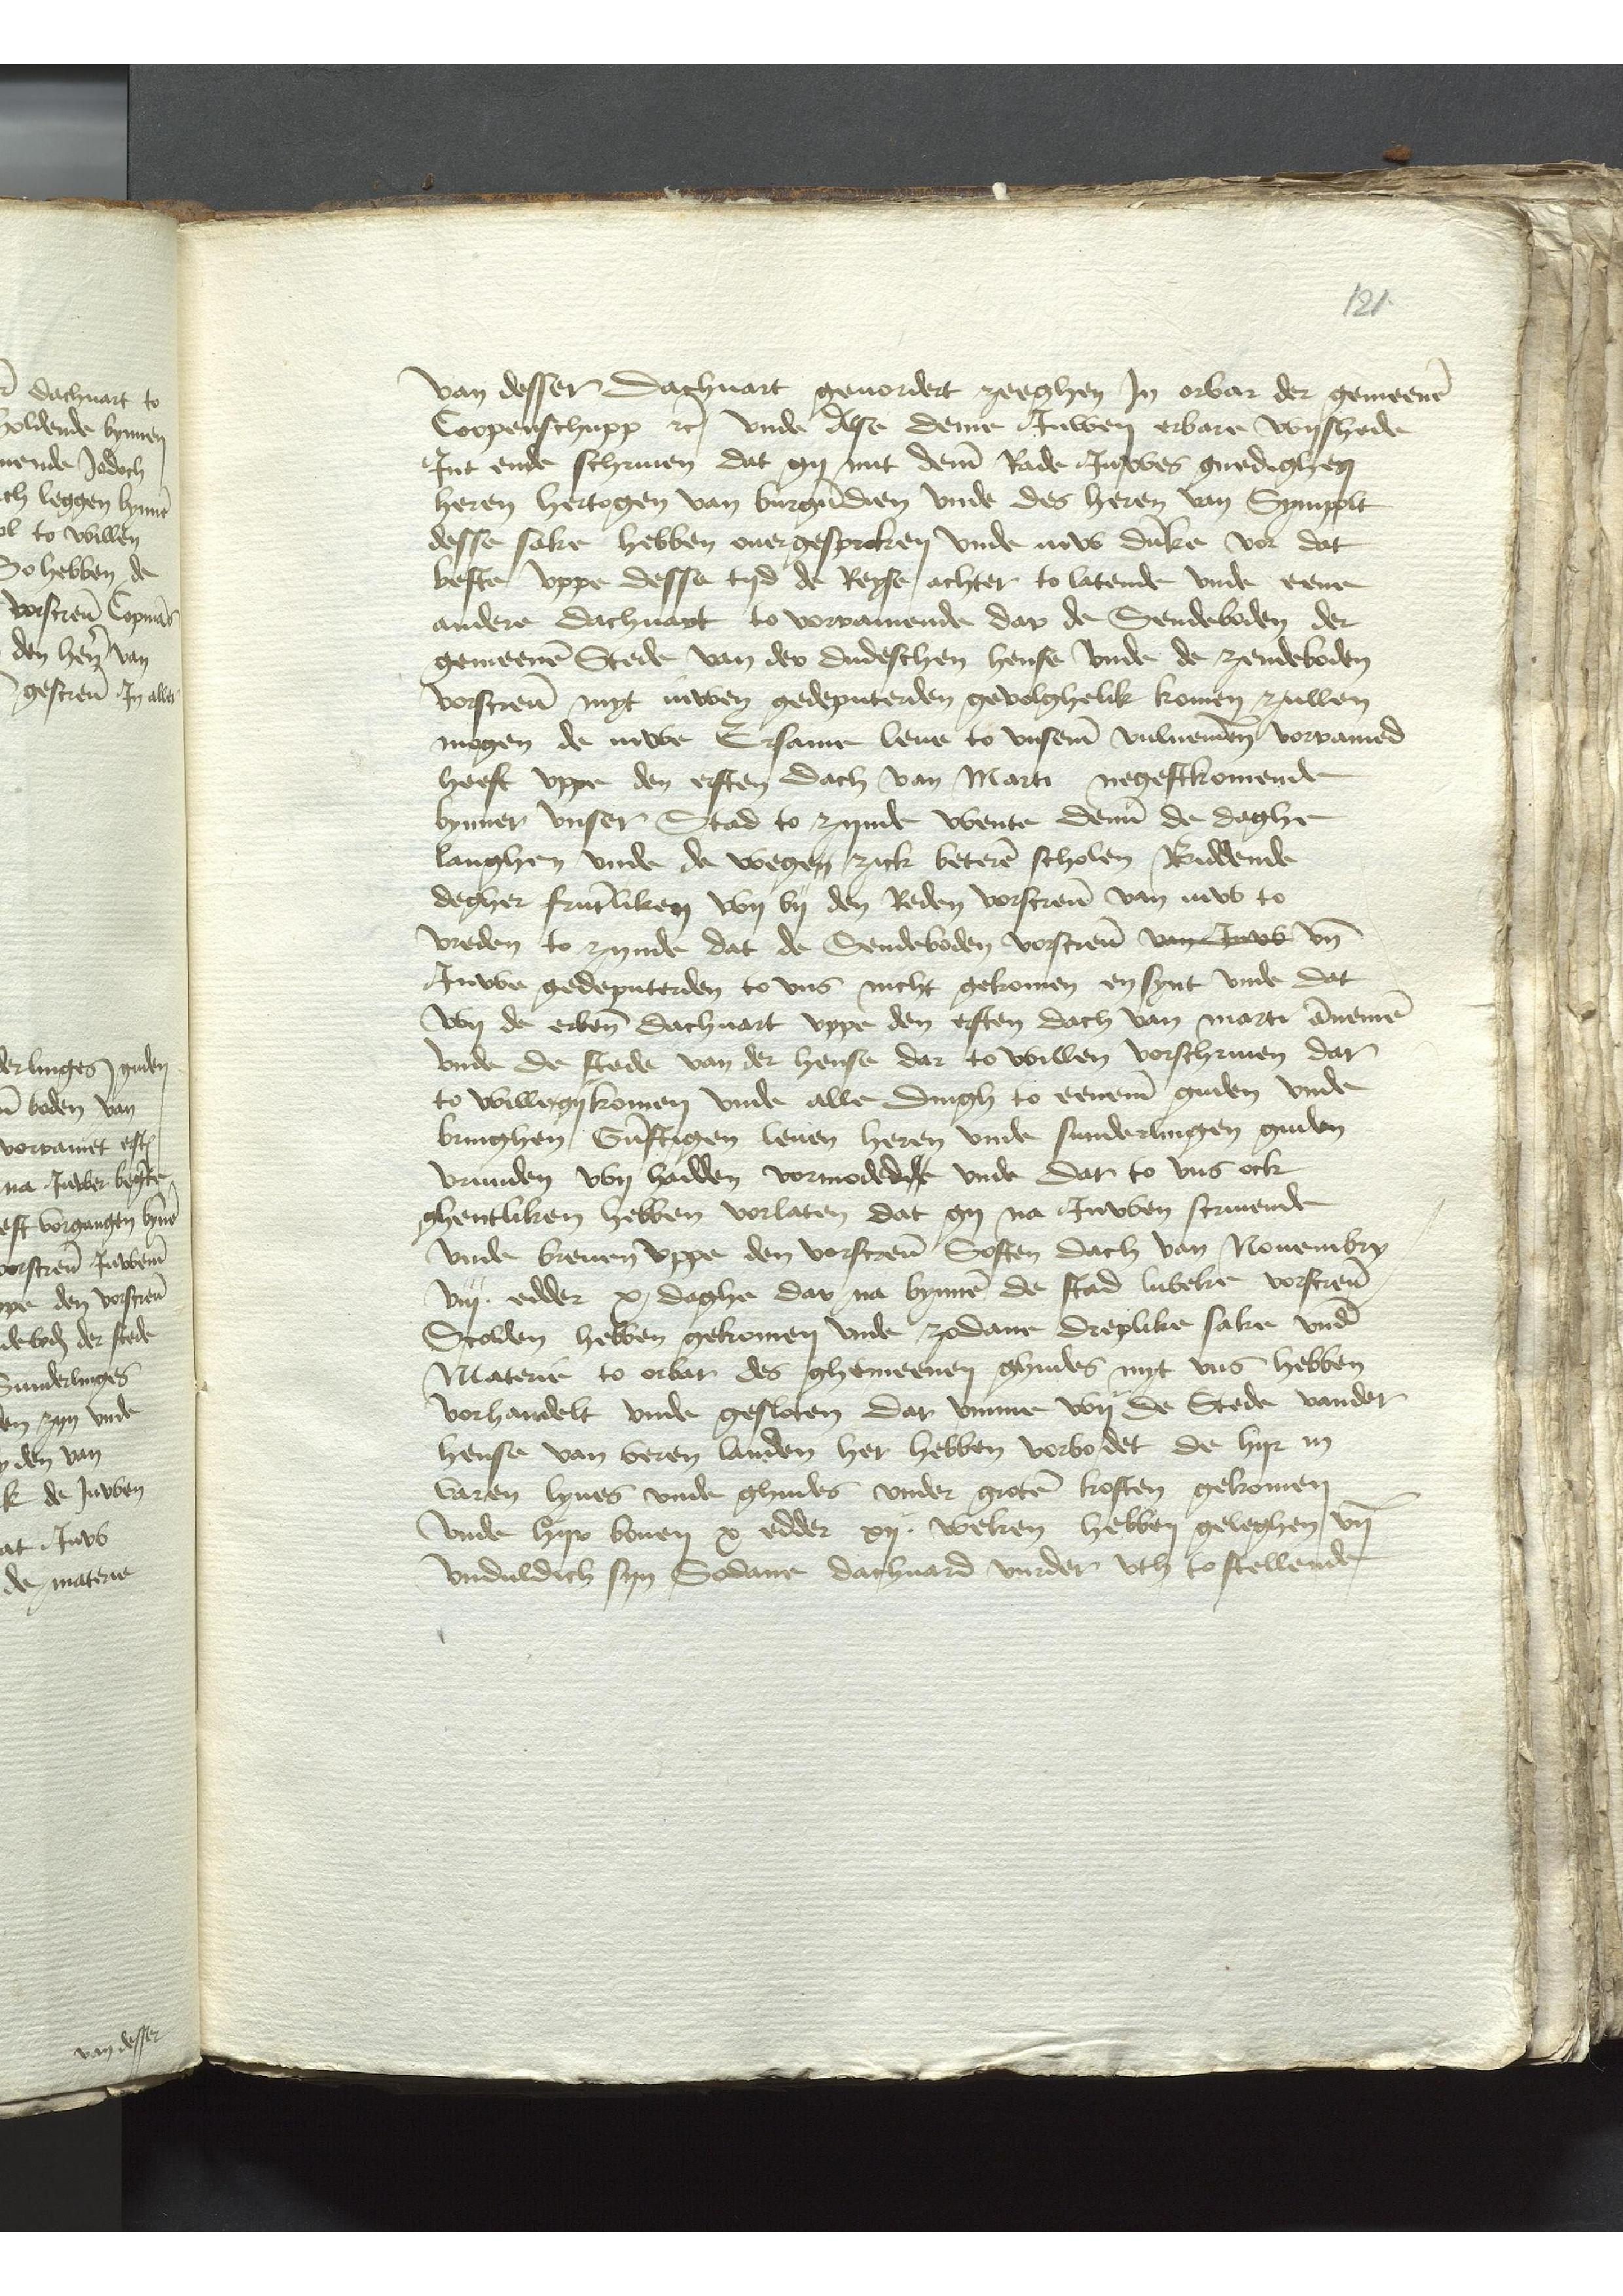
van desser Dachuart geuordert zeeghen Jn orbar der gemeenen
Coopenschupp etcetera vnde Alse deme Juwen erbare vrysheide
Jnt ende schriuen dat gy mit deme Rade Juwes gnedighen
heren hertogen van Burgundien vnde des heren van Sympolt
desse sake hebben ouer gesprcken vnde iuw dunke vor dat
beste vppe desse tyd de Reyse achter to latende vnde eene
andere dachuart to vorramende dar de Sendeboden der
gemeenen Stede van der dudeschen hense vnde de zendeboden
vorscreuen myt iuwen gedeputerden gevolghelik komen zullen
mogen de iuwe Ersame leue to vnseme vulnemen vorramed
heeft vppe den ersten dach van Marti negestkomende
bynner vnser Stad to zynde wente deme de daghe
langhen vnde de wegen zick beteren scholen Biddende
degher fruntliken wy by den Reden vorscreuen van iuw to
vreden to zynde dat de Sendeboden vorscreuen van juwes vnd
Juwe gedeputerden to vns nicht gekomen en synt vnde dat
wy der erbenomenden dachuart vppe den ersten dach van marti annemen
vnde de stede van der hense dar to willen vorschriuen dar
to wille gy komen vnde alle dingh to eenemen guden vnde
bringhen Gunstigen leuen heren vnde sunderblingen guden
vrunden wy hadden vormodedde vnde dar to vns ock
Ghentliken hebben vorlaten dat gy na Juwen scriuende
vnde breuen vppe den vorscreuen Sosten dach van Nouembry
viij eddder x daghe dar na bynnen de stad Lubeke vorstreuen
Scolden hebben gekomen vnde zodane dreplike sake vnde
Materne to orbar des ghemeenen ghudes myt vns hebben
vorhandelt vnde gesloten dar vmme wy de Stede vander
hense van veren landen her hebben vorbodet de hyr in
voren lyues vnde ghudes vnder groten kosten gekomen
vnde hyr bouen x edder xij weken hebben geleghen vnd
vnduldich syn Sodane dachuard vurder vth to stellende